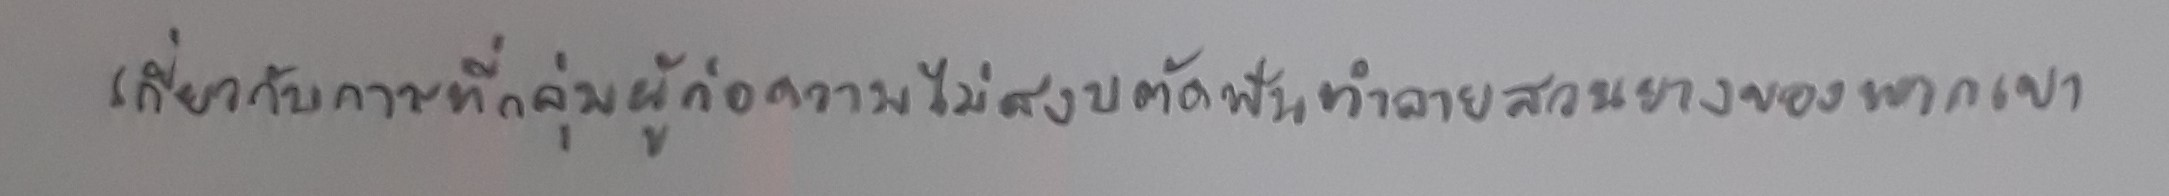
เกี่ยวกับการที่กลุ่มผู้ก่อความไม่สงบตัดฟันทำลายสวนยางของพวกเขา